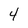
Character: 4